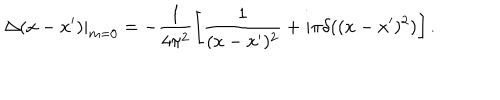
\Delta ( x - x ^ { \prime } ) | _ { m = 0 } = - \frac { 1 } { 4 \pi ^ { 2 } } \left[ \frac { 1 } { ( x - x ^ { \prime } ) ^ { 2 } } + i \pi \delta ( ( x - x ^ { \prime } ) ^ { 2 } ) \right] .